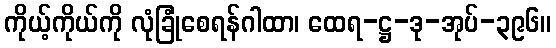
ကိုယ့်ကိုယ်ကို လုံခြုံစေရန်ဂါထာ၊ ထေရ-ဋ္ဌ-ဒု-အုပ်-၃၉၆။